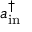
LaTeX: a _ { \mathrm { i n } } ^ { \dagger }